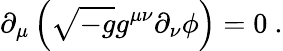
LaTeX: \partial_{\mu}\left(\sqrt{-g}g^{\mu\nu}\partial_{\nu}\phi\right)=0\ .